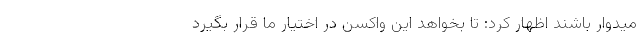
میدوار باشند اظهار کرد: تا بخواهد این واکسن در اختیار ما قرار بگیرد